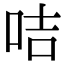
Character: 咭